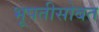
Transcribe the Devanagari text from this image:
भूपतीसोबत